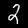
Digit: 2